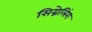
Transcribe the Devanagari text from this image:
सिग्नेलिंग